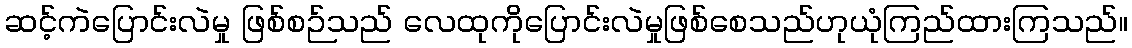
ဆင့်ကဲပြောင်းလဲမှု ဖြစ်စဉ်သည် လေထုကိုပြောင်းလဲမှုဖြစ်စေသည်ဟုယုံကြည်ထားကြသည်။